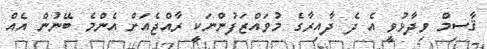
ޤާސިމް ވިދާޅުވީ އެ ދެ ދާއިރާގެ މުވައްޒަފުންނަކީ ރާއްޖެއަށް އެންމެ ބޭނުން އެއް